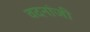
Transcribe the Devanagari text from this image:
वदनांजी